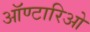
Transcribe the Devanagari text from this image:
ऑण्टारिओ